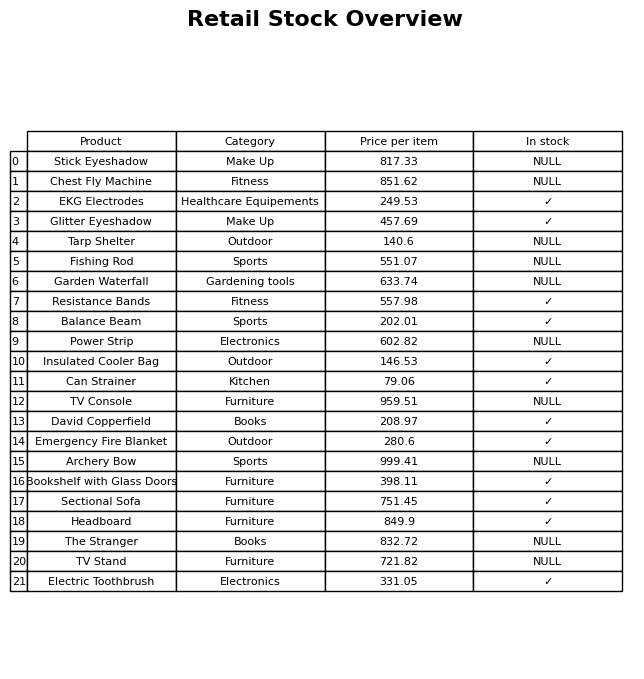
question: What is the price for Bookshelf with Glass Doors?
answer: The price of Bookshelf with Glass Doors is 398.11.